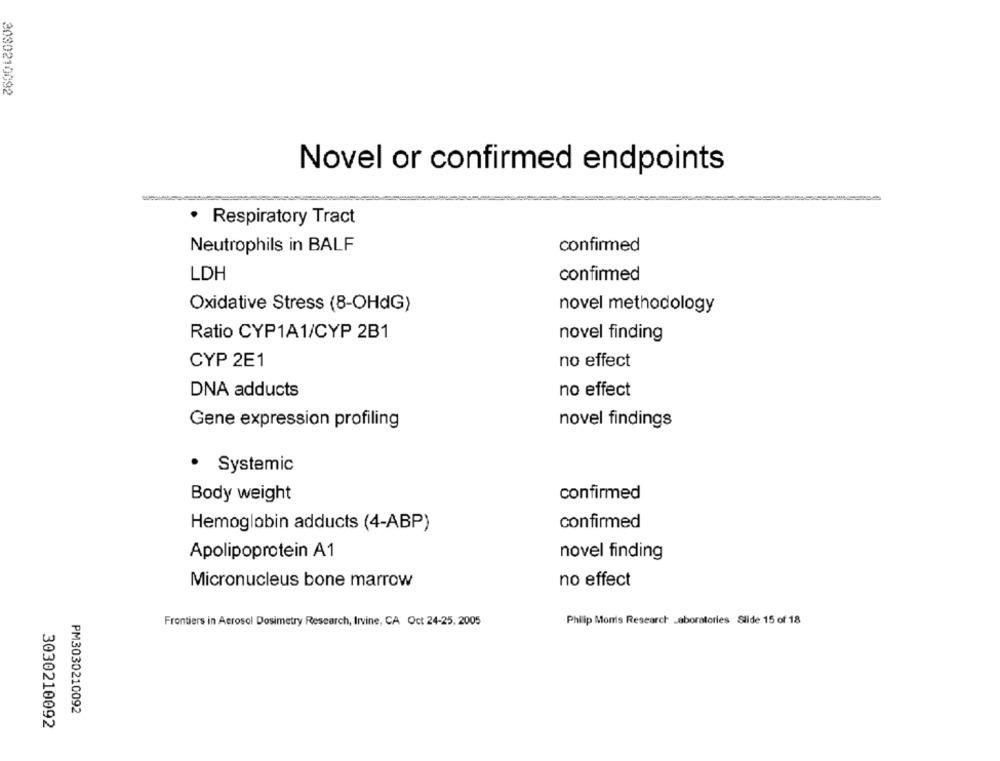
3030210092
Novel or confirmed endpoints
· Respiratory Tract
Neutrophils in BALF
confirmed
LDH
confirmed
Oxidative Stress (8-OHdG)
novel methodology
Ratio CYP1A1/CYP 2B1
novel finding
CYP 2E1
no effect
DNA adducts
no effect
Gene expression profiling
novel findings
· Systemic
confirmed
Body weight
Hemoglobin adducts (4-ABP)
confirmed
Apolipoprotein A1
novel finding
Micronucleus bone marrow
no effect
Frontiers in Aerosol Dosimetry Research, Irvine, CA Oct 24-25, 2005
Philip Monis Research Laboratories Slide 15 of 18
PM3030210092
3030210092